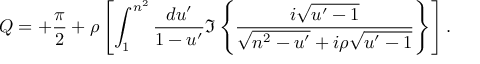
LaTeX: Q = + { \frac { \pi } { 2 } } + \rho \left[ \int _ { 1 } ^ { n ^ { 2 } } { \frac { d u ^ { \prime } } { 1 - u ^ { \prime } } } \Im \left\{ { \frac { i \sqrt { u ^ { \prime } - 1 } } { \sqrt { n ^ { 2 } - u ^ { \prime } } + i \rho \sqrt { u ^ { \prime } - 1 } } } \right\} \right] .